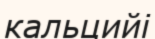
кальцийі